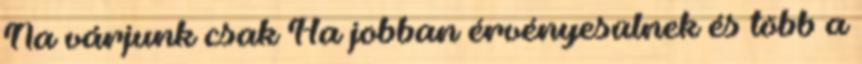
Na várjunk csak Ha jobban érvényesülnek és több a